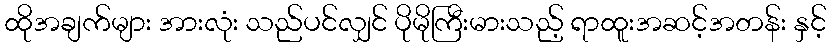
ထိုအချက်များ အားလုံး သည်ပင်လျှင် ပိုမိုကြီးမားသည့် ရာထူးအဆင့်အတန်း နှင့်